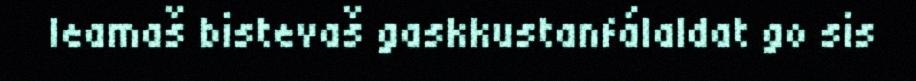
leamaš bistevaš gaskkustanfálaldat go sis